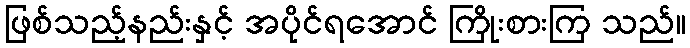
ဖြစ်သည့်နည်းနှင့် အပိုင်ရအောင် ကြိုးစားကြ သည်။